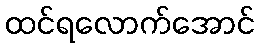
ထင်ရလောက်အောင်